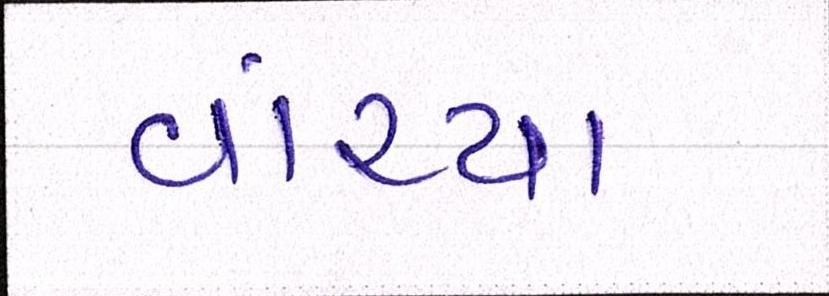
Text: વાંચ્યા